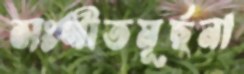
সংগীতমূর্ছনা